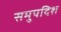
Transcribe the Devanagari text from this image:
समुपदिश